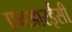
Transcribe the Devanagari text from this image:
एनआरईसी